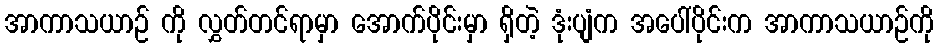
အာကာသယာဉ် ကို လွှတ်တင်ရာမှာ အောက်ပိုင်းမှာ ရှိတဲ့ ဒုံးပျံက အပေါ်ပိုင်းက အာကာသယာဉ်ကို